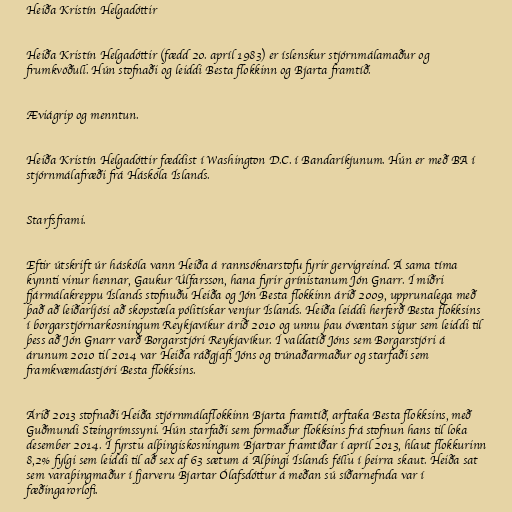
Heiða Kristín Helgadóttir

Heiða Kristín Helgadóttir (fædd 20. apríl 1983) er íslenskur stjórnmálamaður og
frumkvöðull. Hún stofnaði og leiddi Besta flokkinn og Bjarta framtíð.

Æviágrip og menntun.

Heiða Kristín Helgadóttir fæddist í Washington D.C. í Bandaríkjunum. Hún er með BA í
stjórnmálafræði frá Háskóla Íslands.

Starfsframi.

Eftir útskrift úr háskóla vann Heiða á rannsóknarstofu fyrir gervigreind. Á sama tíma
kynnti vinur hennar, Gaukur Úlfarsson, hana fyrir grínistanum Jón Gnarr. Í miðri
fjármálakreppu Íslands stofnuðu Heiða og Jón Besta flokkinn árið 2009, upprunalega með
það að leiðarljósi að skopstæla pólitískar venjur Íslands. Heiða leiddi herferð Besta flokksins
í borgarstjórnarkosningum Reykjavíkur árið 2010 og unnu þau óvæntan sigur sem leiddi til
þess að Jón Gnarr varð Borgarstjóri Reykjavíkur. Í valdatíð Jóns sem Borgarstjóri á
árunum 2010 til 2014 var Heiða ráðgjafi Jóns og trúnaðarmaður og starfaði sem
framkvæmdastjóri Besta flokksins.

Árið 2013 stofnaði Heiða stjórnmálaflokkinn Bjarta framtíð, arftaka Besta flokksins, með
Guðmundi Steingrímssyni. Hún starfaði sem formaður flokksins frá stofnun hans til loka
desember 2014. Í fyrstu alþingiskosningum Bjartrar framtíðar í apríl 2013, hlaut flokkurinn
8,2% fylgi sem leiddi til að sex af 63 sætum á Alþingi Íslands féllu í þeirra skaut. Heiða sat
sem varaþingmaður í fjarveru Bjartar Ólafsdóttur á meðan sú síðarnefnda var í
fæðingarorlofi.